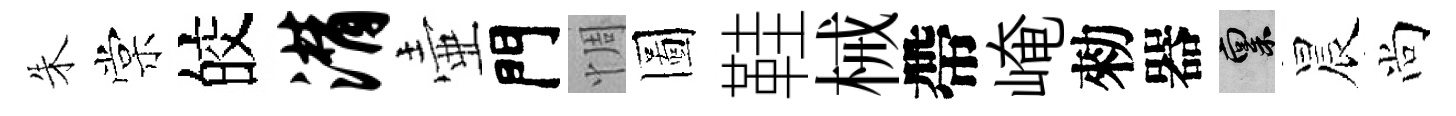
朱棠皎潸壷門惆圖鞋械帶崦勑器禀晨尚